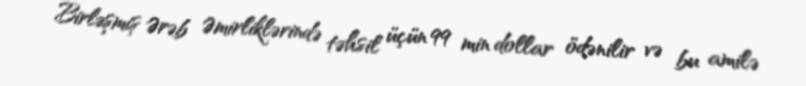
Birləşmiş Ərəb Əmirliklərində təhsil üçün 99 min dollar ödənilir və bu amilə